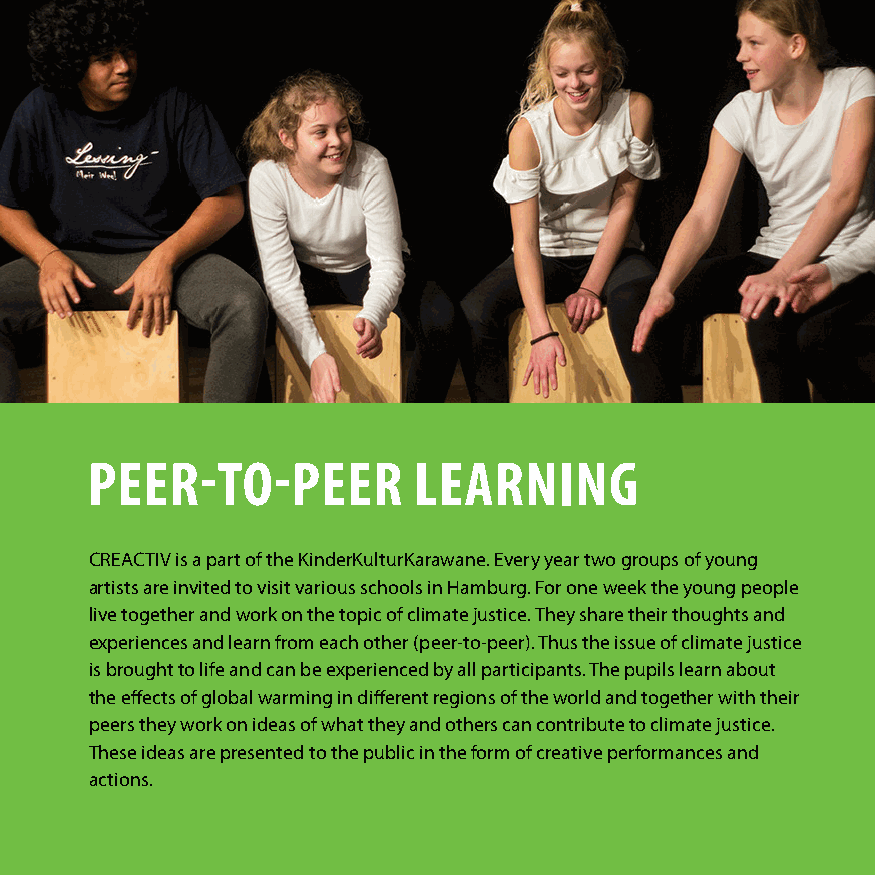
pEEr-To-pEEr         LEArnIng
 CREACTIV is a part of the KinderKulturKarawane. Every year two groups of young
 artists are invited to visit various schools in Hamburg. For one week the young people
 live together and work on the topic of climate justice. They share their thoughts and
 experiences and learn from each other (peer-to-peer). Thus the issue of climate justice
 is brought to life and can be experienced by all participants. The pupils learn about
 the effects of global warming in different regions of the world and together with their
 peers they work on ideas of what they and others can contribute to climate justice.
 These ideas are presented to the public in the form of creative performances and
 actions.